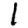
Digit: 1